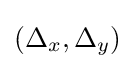
(\Delta _{x},\Delta _{y})